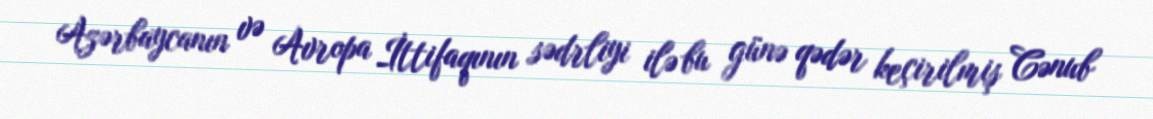
Azərbaycanın və Avropa İttifaqının sədrliyi ilə bu günə qədər keçirilmiş Cənub